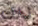
ذلك